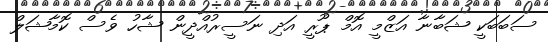
ސަބަބަކީ ޝަބާނާ އަޒްމީ އޮމް ޕޫރީ އަދި ނަސީރުއްދީން ޝާހު ވެސް ކޮމާޝަލް